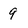
Character: 9